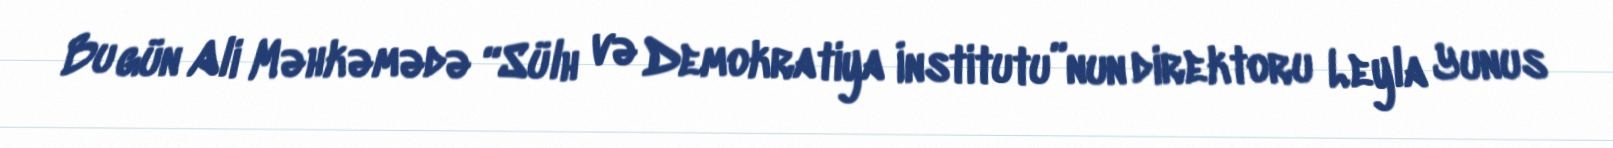
Bu gün Ali Məhkəmədə “Sülh və Demokratiya İnstitutu”nun direktoru Leyla Yunus